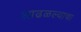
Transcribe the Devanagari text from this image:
आढळल्याचा